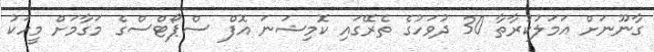
ގާނޫނަށް އަމަލުކުރާތާ 30 ދުވަހުގެ ތެރޭގައި ކޮމިޝަނަ އޮފް ސްޕޯޓްސްގެ މަގާމަށް މީހަކު